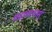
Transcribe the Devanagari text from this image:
महात्मनाम्